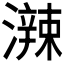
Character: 𤁕